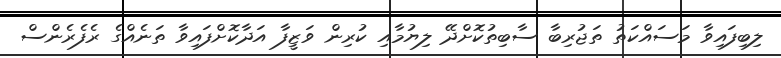
ލިބިފައިވާ މަސައްކަތު ތަޖުރިބާ ސާބިތުކޮށްދޭ ލިޔުމާއި ކުރިން ވަޒީފާ އަދާކޮށްފައިވާ ތަނެއްގެ ރެފެރެންސް